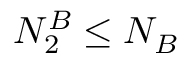
N _ { 2 } ^ { B } \leq N _ { B }